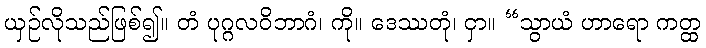
ယှဉ်လိုသည်ဖြစ်၍။ တံ ပုဂ္ဂလဝိဘာဂံ၊ ကို။ ဒေဿတုံ၊ ငှာ။ “သွာယံ ဟာရော ကတ္ထ